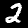
Digit: 2